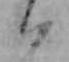
ハ